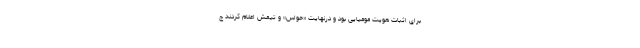
برای اثبات هویت مومیایی بود و درنهایت «حواس» و تیمش اعلام کردند ج